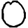
Digit: 0